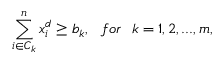
\sum _ { i \in C _ { k } } ^ { n } x _ { i } ^ { d } \geq b _ { k } , ~ ~ f o r ~ ~ k = 1 , 2 , . . . , m ,